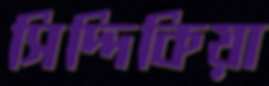
সিদ্দিকিয়া